Civil Veterinary Department. United Provinces 1923-31 - 1923-1931
Year: 1923
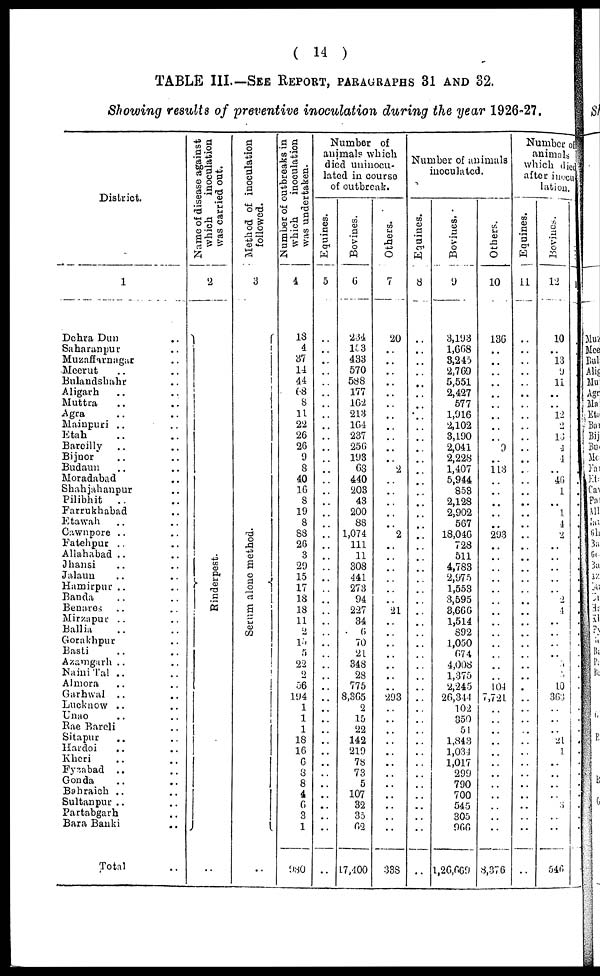
( 14 )
TABLE III—SEE REPORT, PARAGRAPHS 31 AND 32.
Showing results of preventive inoculation during the year 1926-27.
District.
1
Dehra Dun ..
Saharanpur ..
Muzaffarnagar ..
Meerut .. ..
Bulandshahr ..
Aligarh .. ..
Muttra .. ..
Agra
Mainpuri .. ..
Etah .. ..
Bareilly .. ..
Bijnor .. ..
Budaun .. ..
Moradabad ..
Shahjahanpur ..
Pilibhit
.. ..
Farrukhabad ..
Etawah .. ..
Cawnpore .. ..
Fatehpur
Allahabad .. ..
Jhansi .. ..
Jalaun .. ..
Hamirpur .. ..
Banda .. ..
Benares .. ..
Mirzapur .. ..
Ballia .. ..
Gorakhpur
Basti .. ..
Azamgarh .. ..
Naini Tal .. ..
Almora .. ..
Garhwal .. ..
Lucknow .. ..
Unao .. ..
Rae Bareli ..
Sitapur .. ..
Hardoi .. ..
Kheri .. ..
Fyzabad .. ..
Gonda .. ..
Bahraich .. ..
Sultanpur .. ..
Partabgarh ..
Bara Banki ..
Total ..
Name of disease against
which
inoculation
was
carried
out.
2
Ri nder pes t
.
..
Method of inoculation
followed.
3
Se r
um alone method.
Number
of outbreaks in
which
inoculation
was undertaken.
4
18
4
87
11
44
68
8
11
22
26
26
9
8
40
16
8
19
8
88
26
3
29
15
17
18
18
11
2
l5
5
22
2
56
194
1
1
1
18
16
6
8
8
4
6
3
1
980
Number of
animal? which
died uuinocu-
lated in course
of outbreak.
Equines.
5
..
..
..
..
..
..
..
..
..
..
..
..
..
..
..
..
..
..
..
..
..
..
..
..
..
..
..
..
..
..
..
..
..
..
..
..
..
..
..
..
..
..
..
..
..
..
..
Bovines.
6
234
153
433
570
588
177
162
218
164
237
256
193
68
440
203
43
200
88
1,074
111
11
308
441
273
94
227
34
6
70
21
348
28
775
8,365
2
15
22
142
219
78
73
5
107
32
35
62
17,400
Others.
7
20
..
..
..
..
..
..
..
..
..
..
..
2
..
..
..
..
..
2
..
..
..
..
..
..
21
..
..
..
..
..
..
..
293
..
..
..
..
..
..
..
..
..
..
..
..
388
Number of animals
inoculated.
Equines.
8
..
..
..
..
..
..
..
..
..
..
..
..
..
..
..
..
..
..
..
..
..
..
..
..
..
..
..
..
..
..
..
..
..
..
..
..
..
..
..
..
..
..
..
..
..
..
..
Bovines.
9
3,193
1,668
3,245
2,769
5,551
2,427
577
1,916
2,102
3,190
2,041
2,228
1,407
5,944
853
2,128
2,902
567
18,046
728
511
4,783
2,975
1,553
3,595
3,666
1,514
892
1,050
674
4,008
1,375
2,245
26,344
102
350
51
1,843
1,034
1,017
299
790
700
545
305
966
1,26,669
Others.
10
136
..
..
..
..
..
..
..
..
..
9
..
113
..
..
..
..
..
293
..
..
..
..
..
..
..
..
..
..
..
..
..
104
7,721
..
..
..
..
..
..
..
..
..
..
..
..
8,376
Number of
animals
which died
after inocu,
lation.
Equines.
11
..
..
..
..
..
..
..
..
..
..
..
..
..
..
..
..
..
..
..
..
..
..
..
..
..
..
..
..
..
..
..
..
..
..
..
..
..
..
..
..
..
..
..
..
..
..
..
Bovines.
12
10
..
13
9
11
..
..
12
2
13
4
4
..
46
1
..
1
4
2
..
..
..
..
..
2
4
..
..
..
..
5
5
10
363
..
..
..
21
1
..
..
..
..
3
..
..
546